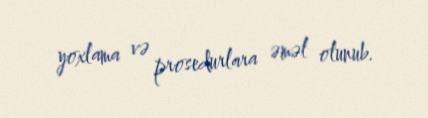
yoxlama və prosedurlara əməl olunub.